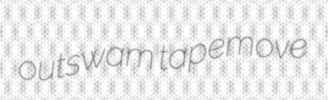
outswam tapemove